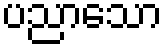
ပညာသော